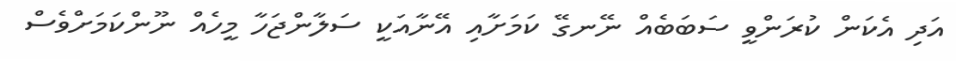
އަަދި އެކަން ކުރަންވީ ސަބަބެއް ނޭނގޭ ކަމަށާއި އޭނާއަކީ ސަލާންޖަހާ މީހެއް ނޫންކަމަށްވެސް